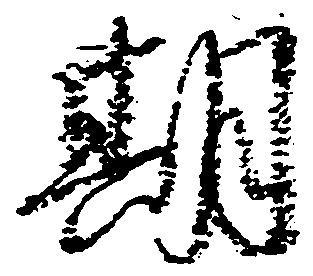
期